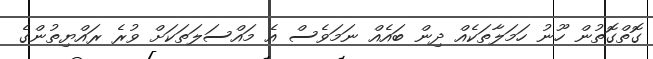
ގޮތްގޮތުން ހޫނު ހަމަލާތަކެއް ދިން ބައެއް ނަމަވެސް އެ މައްސަލަތަކަށް ވުރެ ރައްޔިތުންގެ